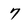
Character: 7